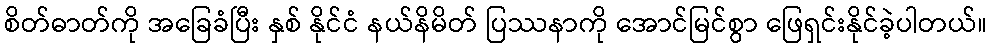
စိတ်ဓာတ်ကို အခြေခံပြီး နှစ် နိုင်ငံ နယ်နိမိတ် ပြဿနာကို အောင်မြင်စွာ ဖြေရှင်းနိုင်ခဲ့ပါတယ်။